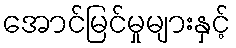
အောင်မြင်မှုများနှင့်